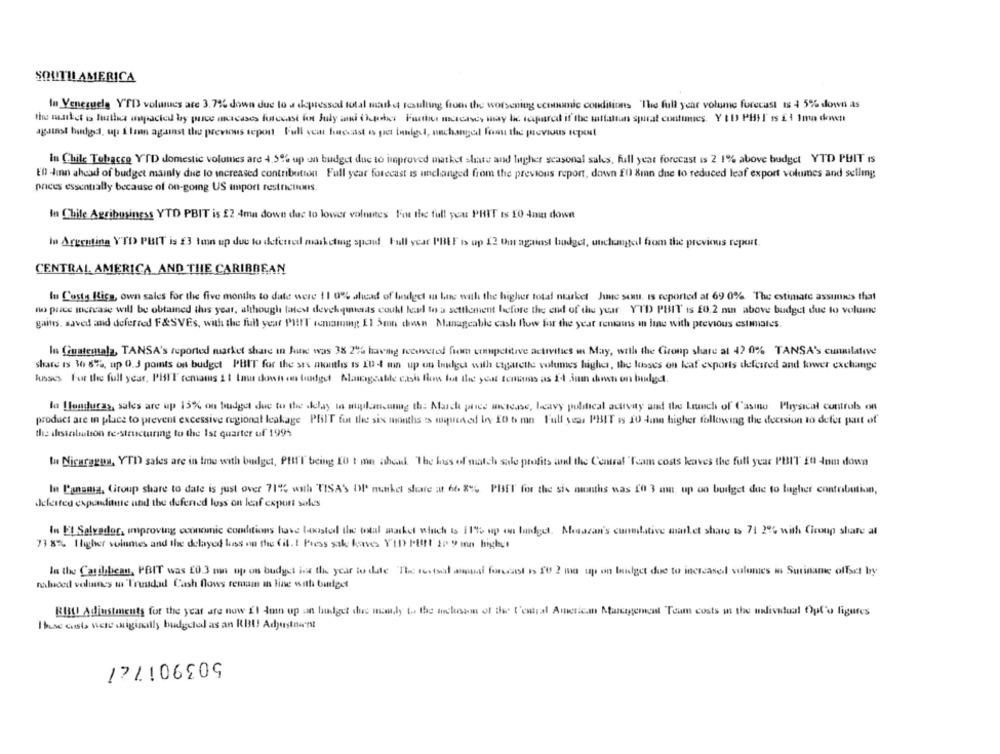
SOUTH AMERICA
In Venezuela YTD volumes are 3.7% down due to a depressed total market resulting from the worsening economic conditions "The full year volume forecast ts 4 5% down as
the masdet is futher aspacted by quice macases forecast for July and thepoint Further marches may be required if the satiation spiral continues. Y (1) PHIT is Et tore down
against budget, up Ilmn against the previous teport Full yci hecast e pret tily, unchanged fonu the previous tepel
In Chile Tobacco YTD domestic volumes are 4,5% up un budget due to improved matket share and lugher seasonal sales, full year forecast is 2 1% above budget YTD PUIT Is
ED -Jan ahead of budget mainly due to increased contribution Full year forecast is unchanged from the previous report, down £0 8in due to reduced leaf export volumes and selling
prees essentially because of on-going US umport restrictions.
In Chile Agribusiness YTD PBIT is £2 4ma down due to lower volnates For the full year PHIT Is 10 4min down
In Argentina VTD PBIT is £3 ton up due to deferred marketing spand Full year I'BEE is up 12 Our against budget, unclemged from the previous report.
CENTRAL AMERICA AND THE CARIBBEAN
Iu Costa Rica, own sales for the five months to date were 1 1 0% ahead of bindget an hne with the higher total ntarket Jic seu, Is ecported at 69 0% The estimate assumes that
no price increase will be obtained this year, although latest developments coukl lead to a settlement before the end of the year YTD PBIT is £0.2 mn above budget due to volume
gains, saved and deferred F&SVEs, with the full year PHIT remamong 11 5mn chean Manageable cash flow for the year remains in line with previous estimates
In Guatemala, TANSA's reported market share in fine was 38 2% having recovered from competitive activities in May, with the Group share at 42 0% TANSA'S cumulative
share is 36 87%, up 0.3 points on budget PHIT for the six months is In 4 min up on Inudget with cigarette voluntes higher, the losses on kaf exports deferred and tower exchange
la Honduras, sales are up 15% on budget due to the delay to auplanung th: March price metcase, heavy political activity and the Launch of Casino Physical controls on
product are in place to prevent excessive regional leakage PBSIT for the six months is iuprened by 20 6 mn Full year PBIT is 10 4in higher following the decision to defer part of
the ihrsintiation re-structuring to the Ist quarter of 1995
la Nicaragua, YTD sales are in fine with budget, PHIT being EU t mn athek. The loss of match sale profits and the Central "Team costs kaves the full year PBIT 20 dom down
la Panamia, Group share to date is just over 71%% wah TISA'S DI market share at 66 8% PIET for the six ouths was 10 3 am up on budget due to lagher contribution,
defeated expenditure and the defensed loss on leaf export sales
In El Salvador, inproving economic conditions have laxistedl the total masket which Is 11% up on budget, Mesazan's cumulative minket share Is 71 2% with Cicoup share at
71 8% Higher volumes and the delayed kes on the (il. 1 Press sak kaves YID Putt 10 9 mn higher
la the Caribbean, PBIT was £0.3 mn up on budget ha the year to date "The testsed anual forecast is It 2 me up on budget due to increased volumes No Suriname offset by
naluced volunes m Trustdad Cash flows remain in line with budget
BIBL! Adjustments for the year are now El don up an lauget the mamly to the inclusion of the t'estral American Management Team costs in the udividual Opl'o figures
Those costs were originally budgeted as an RBU Adjustment
172106209